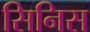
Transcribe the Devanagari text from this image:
सिनिस